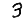
Digit: 3